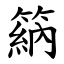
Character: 䈫